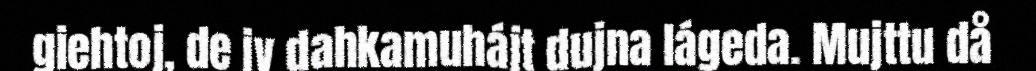
giehtoj, de iv dahkamuhájt dujna lágeda. Mujttu då